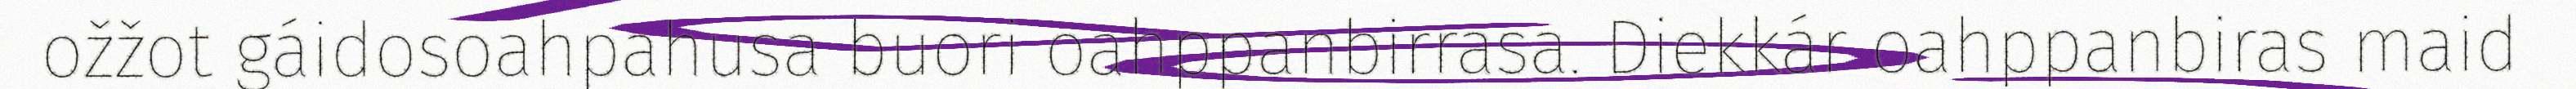
ožžot gáidosoahpahusa buori oahppanbirrasa. Diekkár oahppanbiras maid